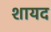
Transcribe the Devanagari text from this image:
शायद